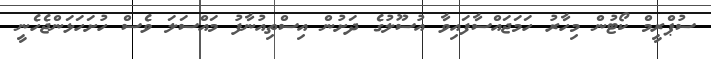
ސުޕްރީމް ކޯޓުން މިހާރު ހަމަޖައްސާފައިވާ އުސޫލުގެ ދަށުން އިސްތިއުނާފު މައްސަލަ ވެސް ހުށަހަޅަންޖެހެނީ